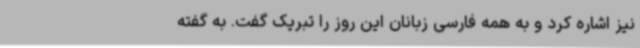
نیز اشاره کرد و به همه فارسی زبانان این روز را تبریک گفت. به گفته